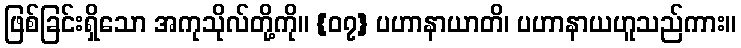
ဖြစ်ခြင်းရှိသော အကုသိုလ်တို့ကို။ {၀၇} ပဟာနာယာတိ၊ ပဟာနာယဟူသည်ကား။